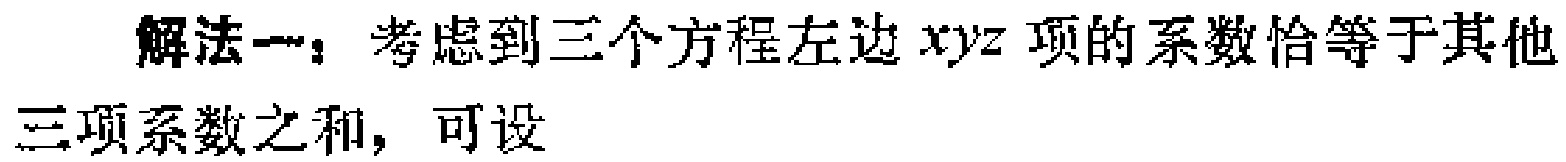
解法一：考虑到三个方程左边 \(xyz\) 项的系数恰等于其他三项系数之和，可设